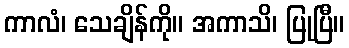
ကာလံ၊ သေချိန်ကို။ အကာသိ၊ ပြုပြီ။